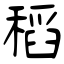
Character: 稻